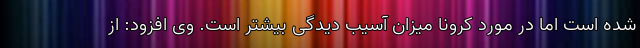
شده است اما در مورد کرونا میزان آسیب دیدگی بیشتر است. وی افزود: از